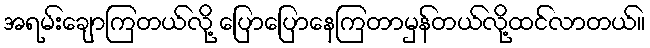
အရမ်းချောကြတယ်လို့ ပြောပြောနေကြတာမှန်တယ်လို့ထင်လာတယ်။